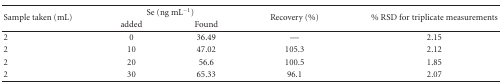
<table><thead><tr><td rowspan="2"><b>Sample taken (mL)</b></td><td colspan="2"><b>Se (ng mL<sup>−1</sup>)</b></td><td rowspan="2"><b>Recovery (%)</b></td><td rowspan="2"><b>% RSD for triplicate measurements</b></td></tr><tr><td><b>added</b></td><td><b>Found</b></td></tr></thead><tbody><tr><td>2</td><td>0</td><td>36.49</td><td>—</td><td>2.15</td></tr><tr><td>2</td><td>10</td><td>47.02</td><td>105.3</td><td>2.12</td></tr><tr><td>2</td><td>20</td><td>56.6</td><td>100.5</td><td>1.85</td></tr><tr><td>2</td><td>30</td><td>65.33</td><td>96.1</td><td>2.07</td></tr></tbody></table>